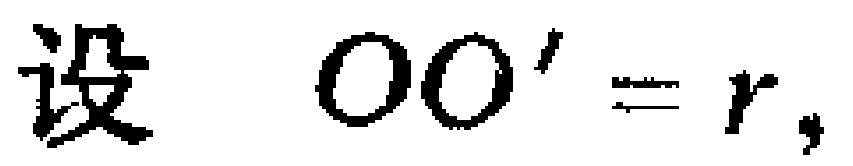
设 \(OO^{\prime}=r,\)